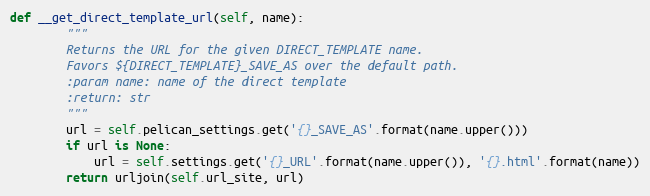
Language: Python
def __get_direct_template_url(self, name):
        """
        Returns the URL for the given DIRECT_TEMPLATE name.
        Favors ${DIRECT_TEMPLATE}_SAVE_AS over the default path.
        :param name: name of the direct template
        :return: str
        """
        url = self.pelican_settings.get('{}_SAVE_AS'.format(name.upper()))
        if url is None:
            url = self.settings.get('{}_URL'.format(name.upper()), '{}.html'.format(name))
        return urljoin(self.url_site, url)